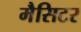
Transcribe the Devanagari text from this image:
मैसिटर